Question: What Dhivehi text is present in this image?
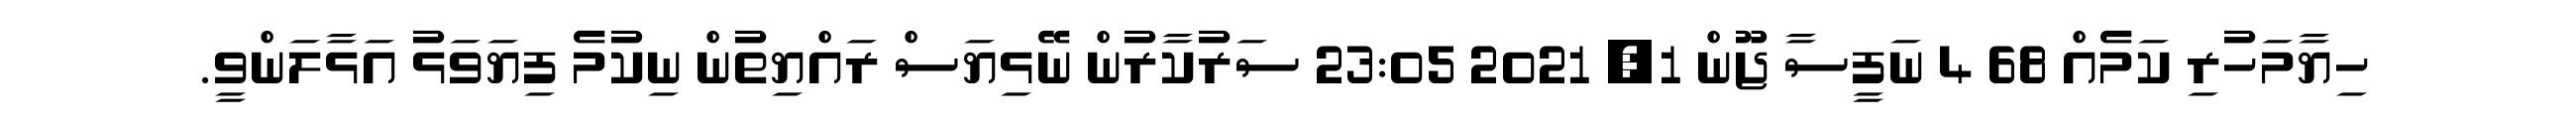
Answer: ހިޔާމަހުރި ކަމެއް 68 4 ނަފީސާ ޖޫން 1, 2021 23:05 ސަރުކާރުން ނޭޅިޔަސް ރައްޔިތުން ނިކުމެ ފިޔަވަޅު އަޅާލަންވީ.